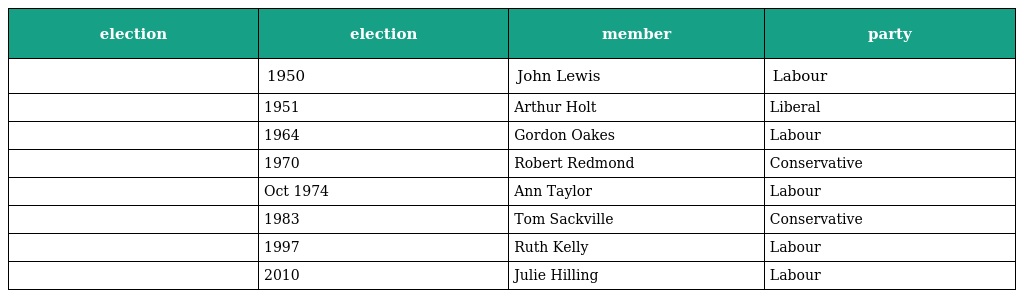
| election | election | member | party |
 | --- | --- | --- | --- |
 |  | 1950 | John Lewis | Labour |
 |  | 1951 | Arthur Holt | Liberal |
 |  | 1964 | Gordon Oakes | Labour |
 |  | 1970 | Robert Redmond | Conservative |
 |  | Oct 1974 | Ann Taylor | Labour |
 |  | 1983 | Tom Sackville | Conservative |
 |  | 1997 | Ruth Kelly | Labour |
 |  | 2010 | Julie Hilling | Labour |